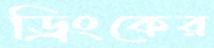
ড্রিংকের